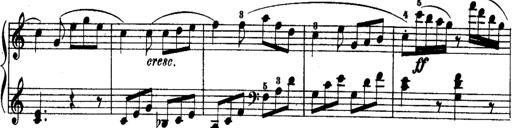
Title: Rondos and Sonatinas for Pianoforte
Composer: Daniel Steibelt